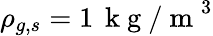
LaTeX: \rho_{g,s}=1\, \mathrm{~k~g~/~m~}^{3}